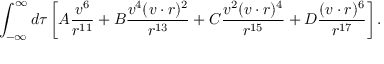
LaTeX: \int _ { - \infty } ^ { \infty } d \tau \left[ A \frac { v ^ { 6 } } { r ^ { 1 1 } } + B \frac { v ^ { 4 } ( v \cdot r ) ^ { 2 } } { r ^ { 1 3 } } + C \frac { v ^ { 2 } ( v \cdot r ) ^ { 4 } } { r ^ { 1 5 } } + D \frac { ( v \cdot r ) ^ { 6 } } { r ^ { 1 7 } } \right] .